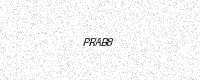
Text: PRAB8